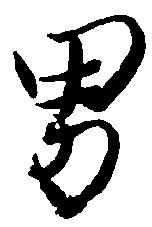
男